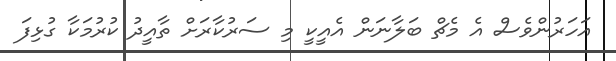
އަހަރުންވެސް އެ މެޗް ބަލާނަން އެއީކީ މި ސަރުކާރަށް ތާއީދު ކުރުމަކާ ގުޅިފަ